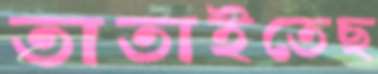
তাতাইতেছ